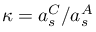
\kappa = a _ { s } ^ { C } / a _ { s } ^ { A }